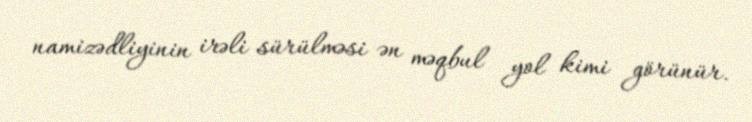
namizədliyinin irəli sürülməsi ən məqbul yol kimi görünür.